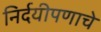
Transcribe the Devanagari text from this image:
निर्दयीपणाचे